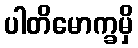
ပါတိမောက္ခမှိ